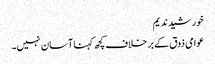
خورشید ندیم
عوامی ذوق کے بر خلاف کچھ کہنا آسان نہیں۔